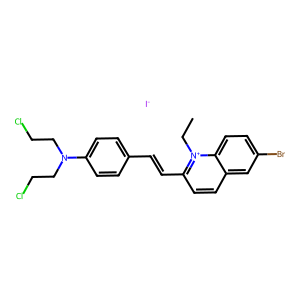
SMILES: CC[n+]1c(C=Cc2ccc(N(CCCl)CCCl)cc2)ccc2cc(Br)ccc21.[I-]
Inhibits HIV replication: No